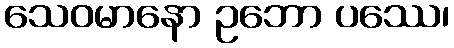
သေဝမာနော ဥဘော ပဿေ၊